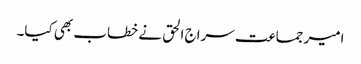
امیر جماعت سراج الحق نے خطاب بھی کیا۔